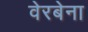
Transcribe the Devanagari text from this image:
वेरबेना